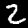
Digit: 2